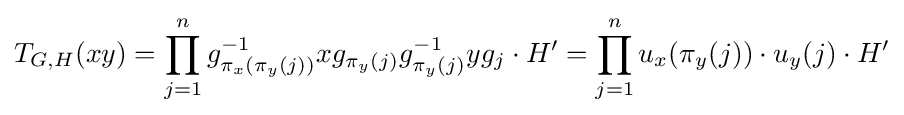
T_{G,H}(xy)=\prod _{j=1}^{n}g_{\pi _{x}(\pi _{y}(j))}^{-1}xg_{\pi _{y}(j)}g_{\pi _{y}(j)}^{-1}yg_{j}\cdot H'=\prod _{j=1}^{n}u_{x}(\pi _{y}(j))\cdot u_{y}(j)\cdot H'